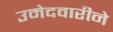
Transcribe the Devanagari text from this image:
उमेदवारीने